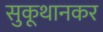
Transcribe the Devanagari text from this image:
सुकूथानकर